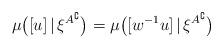
LaTeX: \begin{align*}\mu\big([u]\,|\,\xi^{A^\complement}\big) &=\mu\big([w^{-1}u]\,|\,\xi^{A^\complement}\big)\end{align*}